NAE_ERA_R-2078_Sihtasutus_Eesti_Kontsert, lk 25
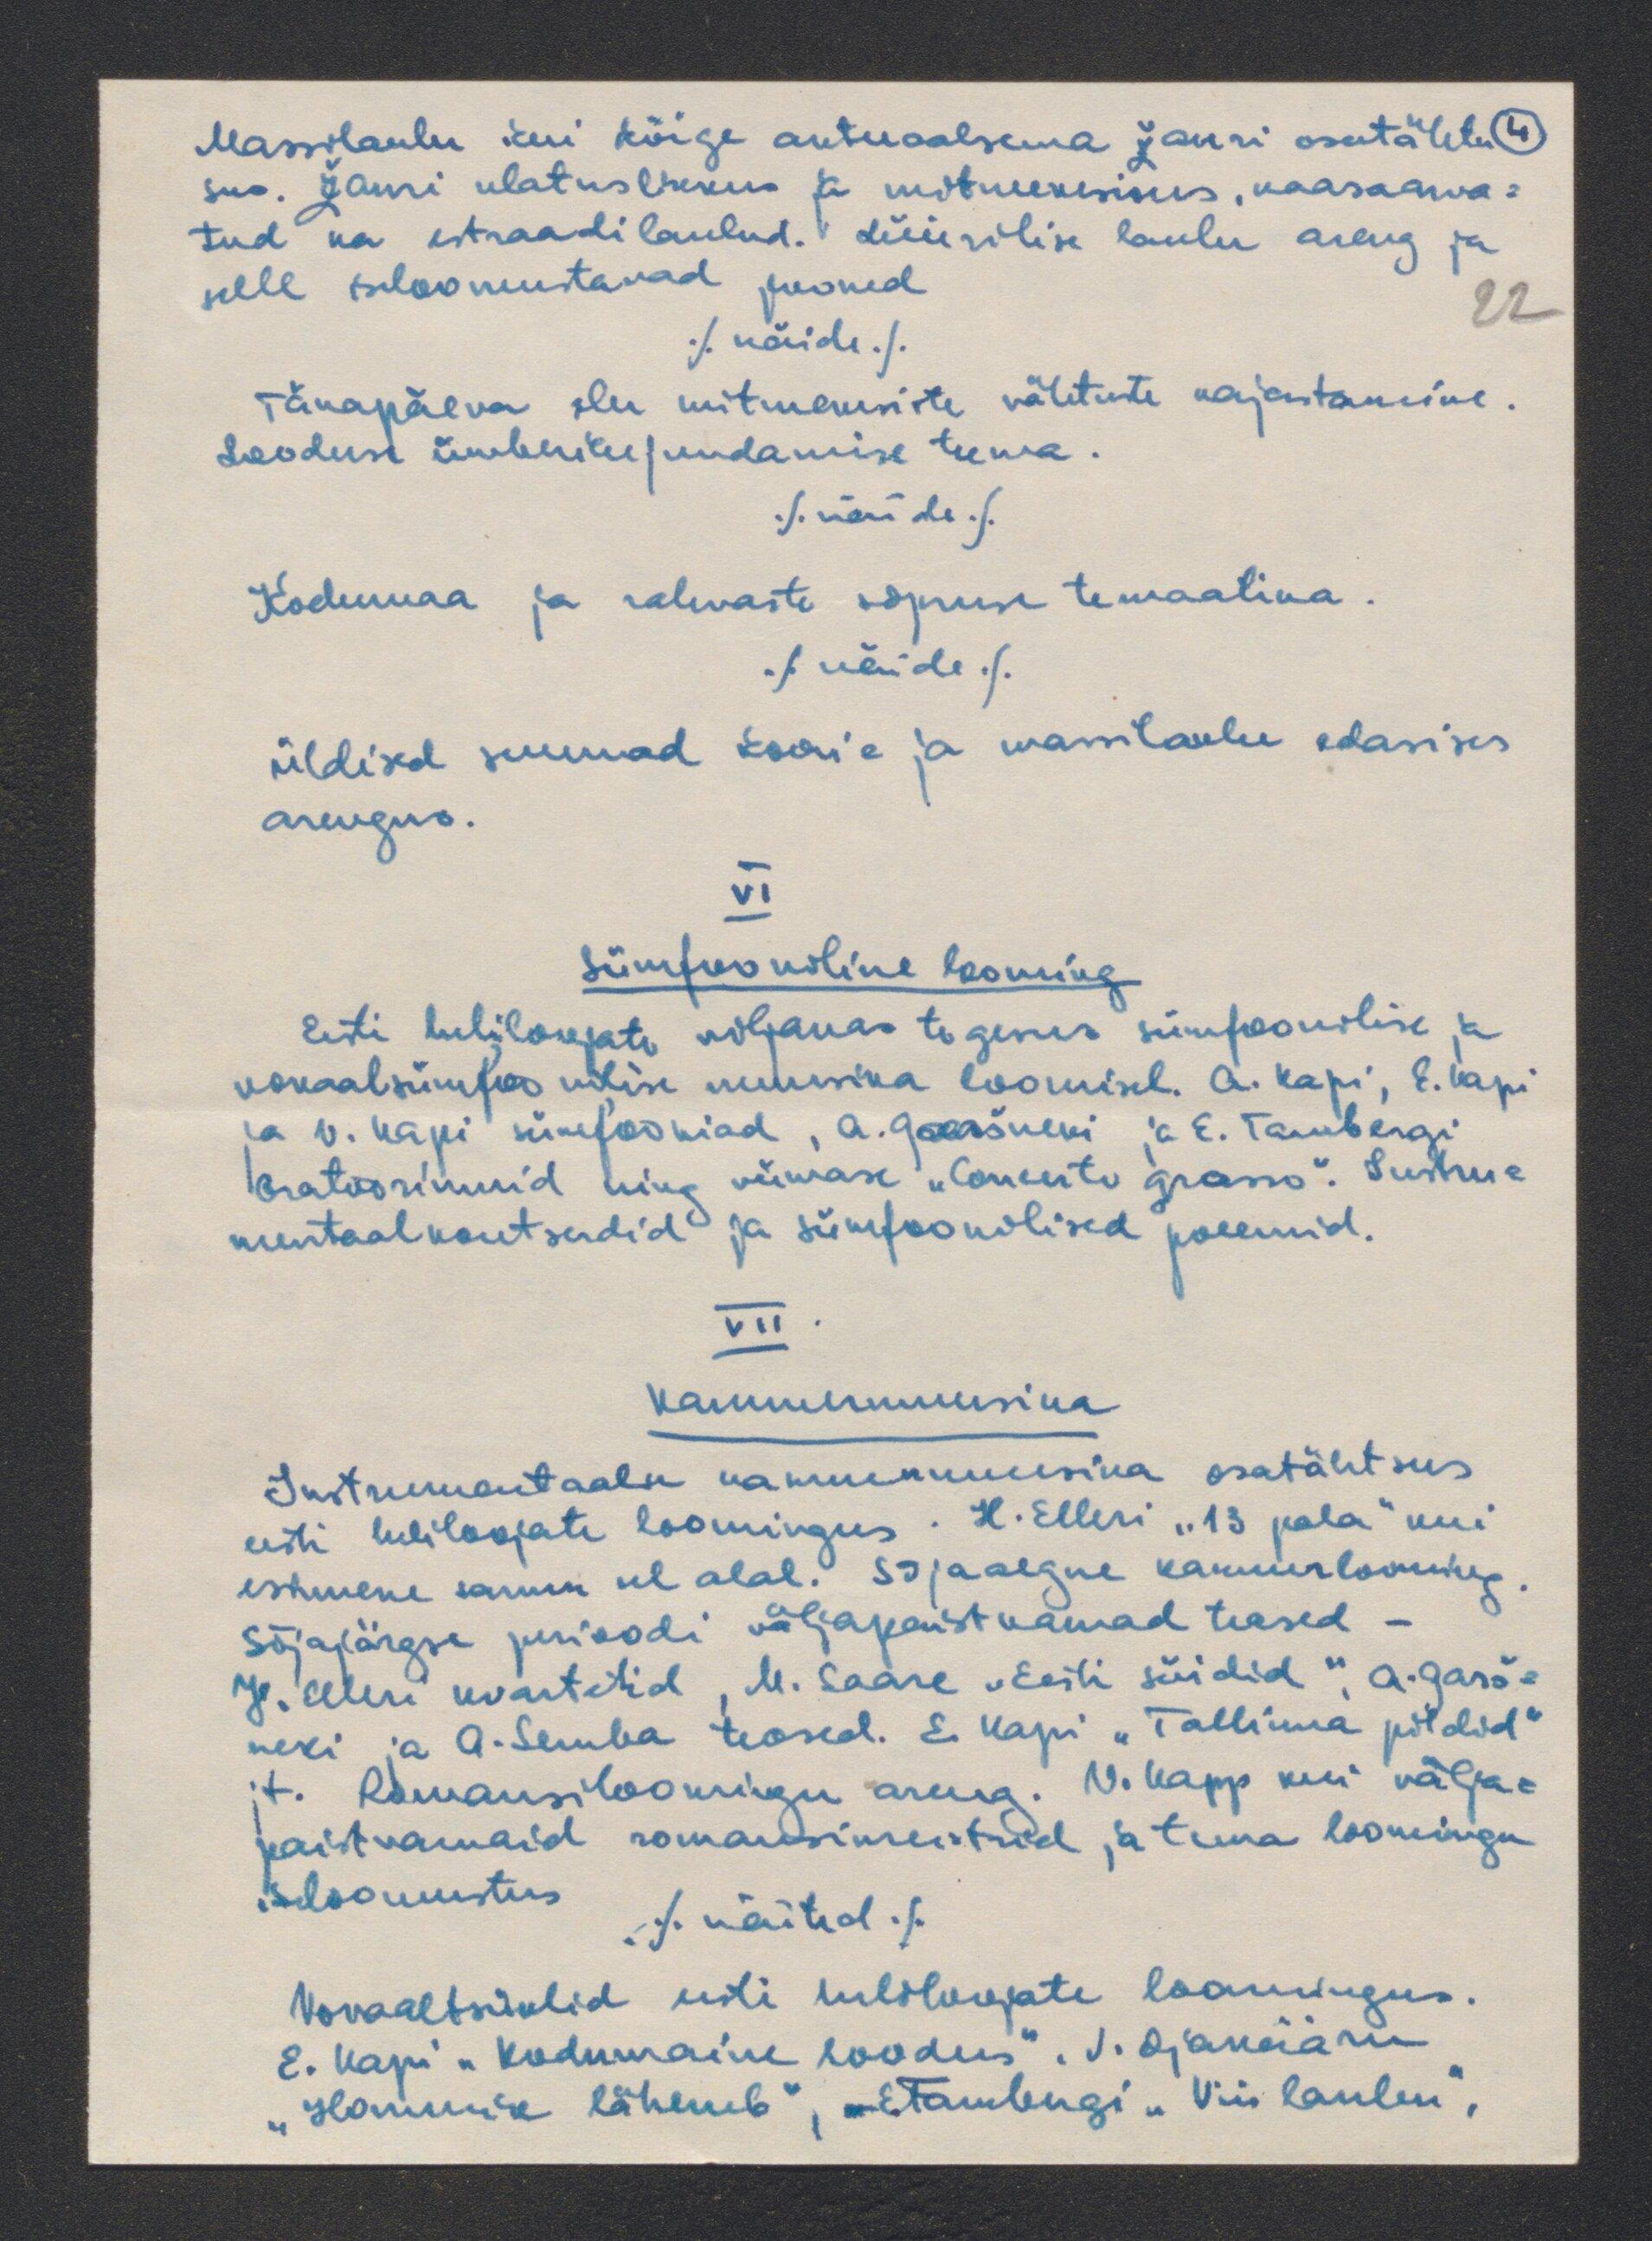
Massilaulu kui kõige aktuaalsema žanri osatähts- 4
sus. Žanri ulatuslikkus ja mitmekesisus, kaasaarva-
tud ka estraadilaulud. Lüürilise laulu areng ja
selle isloomustavad jooned
22
/näide/
Tänapäeva elu mitmekesiste nähtuste kajastamine.
Looduse ümberkujundamise teema.
./näide/.
Kodumaa ja rahvaste sõpruse temaatika.
./näide/.
Üldised suunad koori- ja massilaulu edasises
arengus.
VI
Sümfooniline looming
Eesti heliloojate viljakas tegevus sümfoonilise ja
vokaalsümfoonilise muusika loomisel. A. Kapi, E. Kapi
ja V. Kapi sümfooniad, A. Grossneki ja E. Tambergi
oratooriumid ning viimase "Contento grosso". Instru-
mentaalkontserdid ja sümfoonilised poeemid.
VII
Kammermuusika
Instrumentaalse kammermuusika osatähtsus
eesti heliloojate loomingus. H. Elleri "13 pala" kui
esimene samm sel alal. Sõjaaegne kammerlooming.
Sõjajärgse perioodi väljapasitvamad teosed-
J. Elleri kvartetid, M. Saare "Eesti süidid," A. Garš -
neki ja A. Semba teosed. E. Kapi "Tallinna pildid"
jt. Romansiloomingu areng. V. Kapp kui välja-
paistvamaid romansimeistreid ja tema loomingu
iseloomustus.
./.näited./.
Vokaaltsüklid eesti heliloojate loomingus.
E. Kapi "Kodumaine loodus". J. Ojakääru
"Hommik läheneb", mE. Tambergi "Viis laulu",